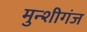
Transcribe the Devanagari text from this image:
मुन्शीगंज